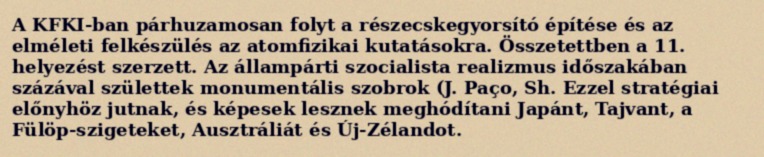
A KFKI-ban párhuzamosan folyt a részecskegyorsító építése és az elméleti felkészülés az atomfizikai kutatásokra. Összetettben a 11. helyezést szerzett. Az állampárti szocialista realizmus időszakában százával születtek monumentális szobrok (J. Paço, Sh. Ezzel stratégiai előnyhöz jutnak, és képesek lesznek meghódítani Japánt, Tajvant, a Fülöp-szigeteket, Ausztráliát és Új-Zélandot.